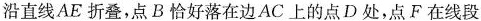
沿直线AE折叠，点B恰好落在边AC上的点D处，点F在线段